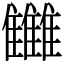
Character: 雦